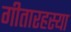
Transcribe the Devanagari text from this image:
गीतारहस्या